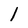
Character: 1